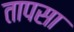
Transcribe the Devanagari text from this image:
तापसा